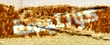
كونتيسة